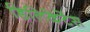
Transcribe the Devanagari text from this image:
डिलिकेटेंस